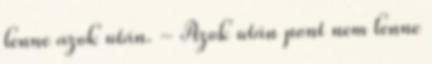
lenne azok után. - Azok után pont nem lenne